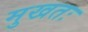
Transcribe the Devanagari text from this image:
मुखतः